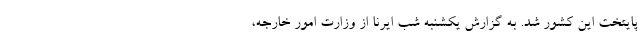
پایتخت این کشور شد. به گزارش یکشنبه شب ایرنا از وزارت امور خارجه،